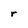
Character: r